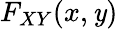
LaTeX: F_{XY}(x,\mathit{y})